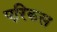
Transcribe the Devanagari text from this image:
एरिकस